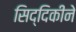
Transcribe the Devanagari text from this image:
सिद्दिकीने